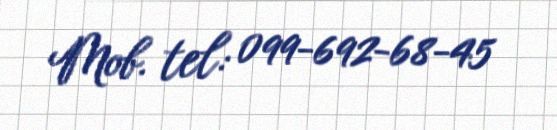
Mob. tel: 099-692-68-45